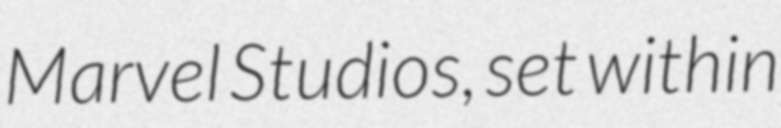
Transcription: Marvel Studios, set within